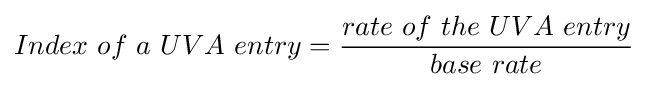
Index\ of\ a\ UVA\ entry={rate\ of\ the\ UVA\ entry \over base\ rate}